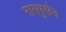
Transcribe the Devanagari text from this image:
रास्मुसेन